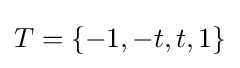
T=\{-1,-t,t,1\}